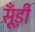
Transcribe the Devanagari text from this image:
सूँड़ी